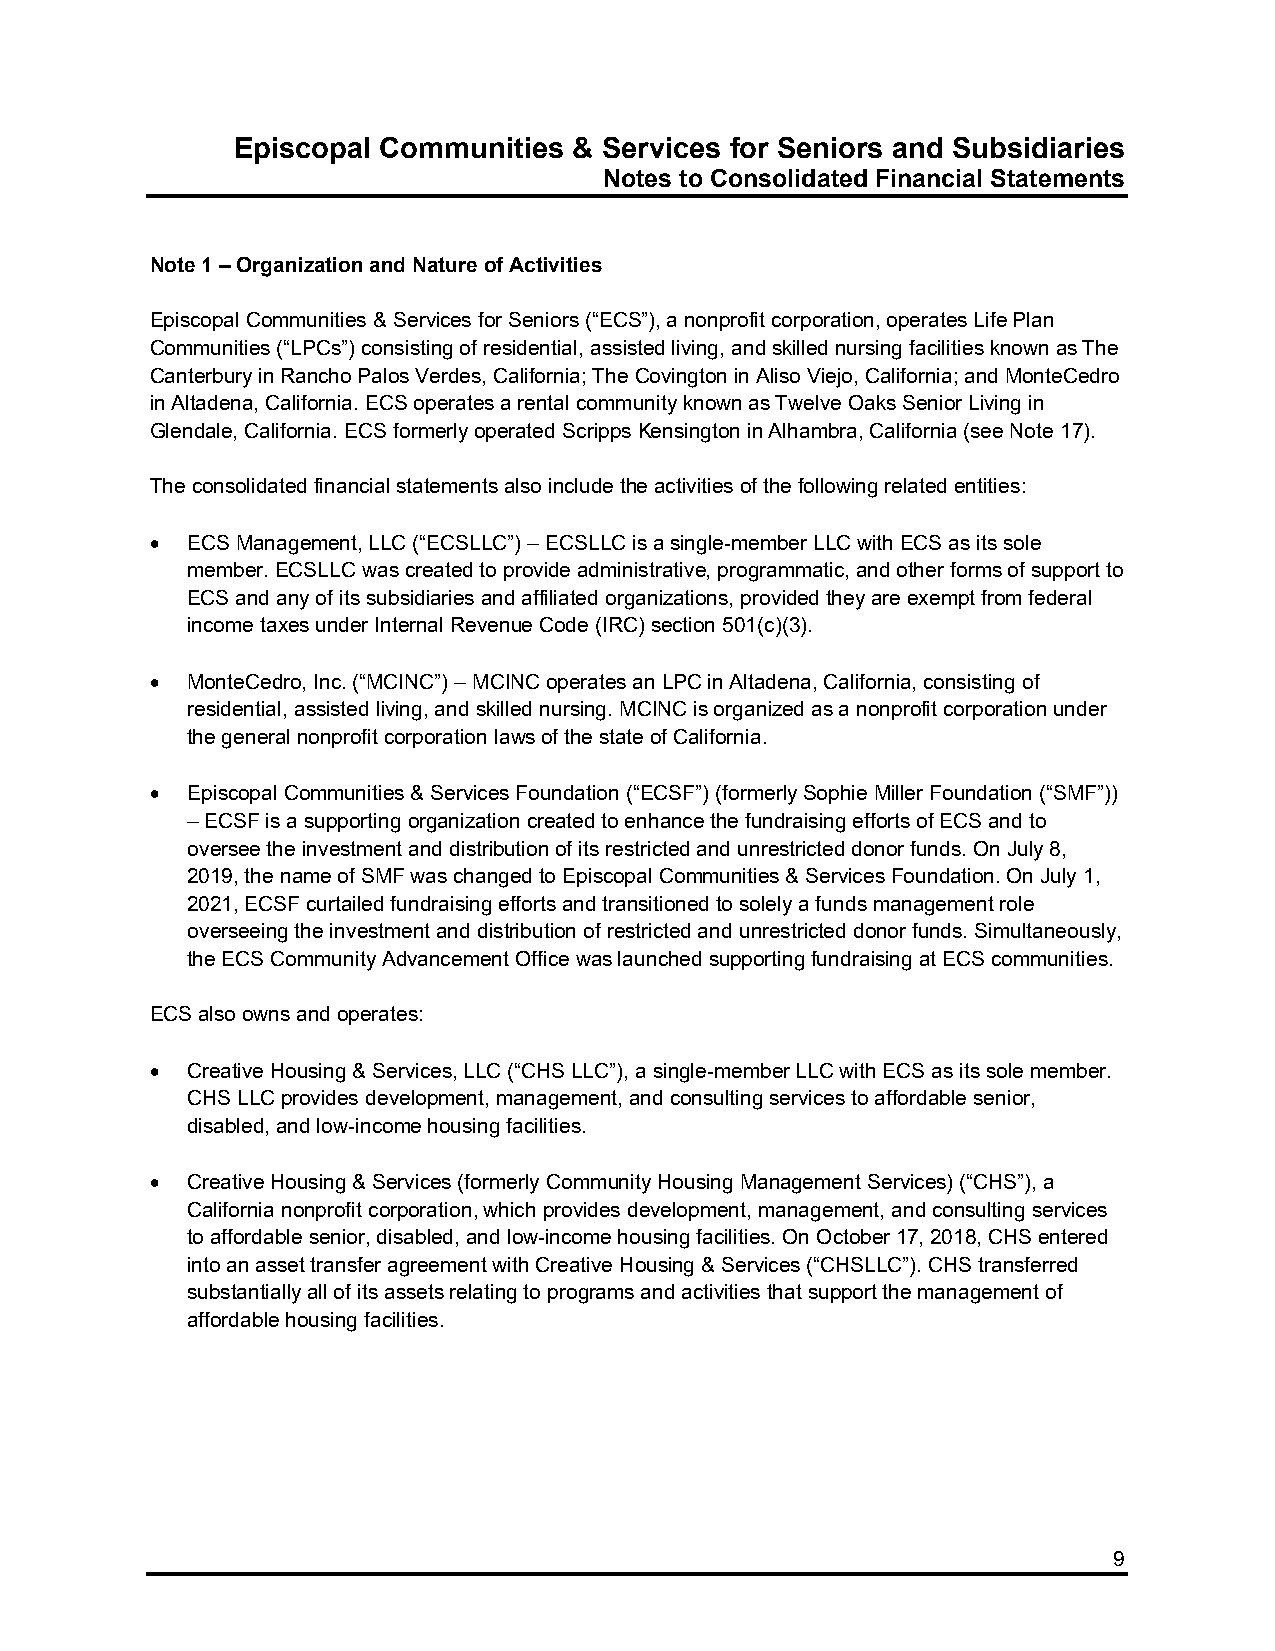
Episcopal Communities  & Services for Seniors and Subsidiaries
 Notes to Consolidated Financial Statements
 Note 1 – Organization and Nature of Activities
 Episcopal Communities & Services for Seniors (“ECS”), a nonprofit corporation, operates Life Plan
 Communities (“LPCs”) consisting of residential, assisted living, and skilled nursing facilities known as The
 Canterbury in Rancho Palos Verdes, California; The Covington in Aliso Viejo, California; and MonteCedro
 in Altadena, California. ECS operates a rental community known as Twelve Oaks Senior Living in
 Glendale, California. ECS formerly operated Scripps Kensington in Alhambra, California (see Note 17).
 The consolidated financial statements also include the activities of the following related entities:
  ECS Management, LLC (“ECSLLC”) – ECSLLC is a single-member LLC with ECS as its sole
 member. ECSLLC was created to provide administrative, programmatic, and other forms of support to
 ECS and any of its subsidiaries and affiliated organizations, provided they are exempt from federal
 income taxes under Internal Revenue Code (IRC) section 501(c)(3).
  MonteCedro, Inc. (“MCINC”) – MCINC operates an LPC in Altadena, California, consisting of
 residential, assisted living, and skilled nursing. MCINC is organized as a nonprofit corporation under
 the general nonprofit corporation laws of the state of California.
  Episcopal Communities & Services Foundation (“ECSF”) (formerly Sophie Miller Foundation (“SMF”))
 – ECSF is a supporting organization created to enhance the fundraising efforts of ECS and to
 oversee the investment and distribution of its restricted and unrestricted donor funds. On July 8,
 2019, the name of SMF was changed to Episcopal Communities & Services Foundation. On July 1,
 2021, ECSF curtailed fundraising efforts and transitioned to solely a funds management role
 overseeing the investment and distribution of restricted and unrestricted donor funds. Simultaneously,
 the ECS Community Advancement Office was launched supporting fundraising at ECS communities.
 ECS also owns and operates:
  Creative Housing & Services, LLC (“CHS LLC”), a single-member LLC with ECS as its sole member.
 CHS LLC provides development, management, and consulting services to affordable senior,
 disabled, and low-income housing facilities.
  Creative Housing & Services (formerly Community Housing Management Services) (“CHS”), a
 California nonprofit corporation, which provides development, management, and consulting services
 to affordable senior, disabled, and low-income housing facilities. On October 17, 2018, CHS entered
 into an asset transfer agreement with Creative Housing & Services (“CHSLLC”). CHS transferred
 substantially all of its assets relating to programs and activities that support the management of
 affordable housing facilities.
 9